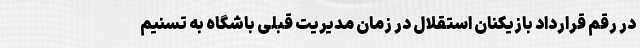
در رقم قرارداد بازیکنان استقلال در زمان مدیریت قبلی باشگاه به تسنیم